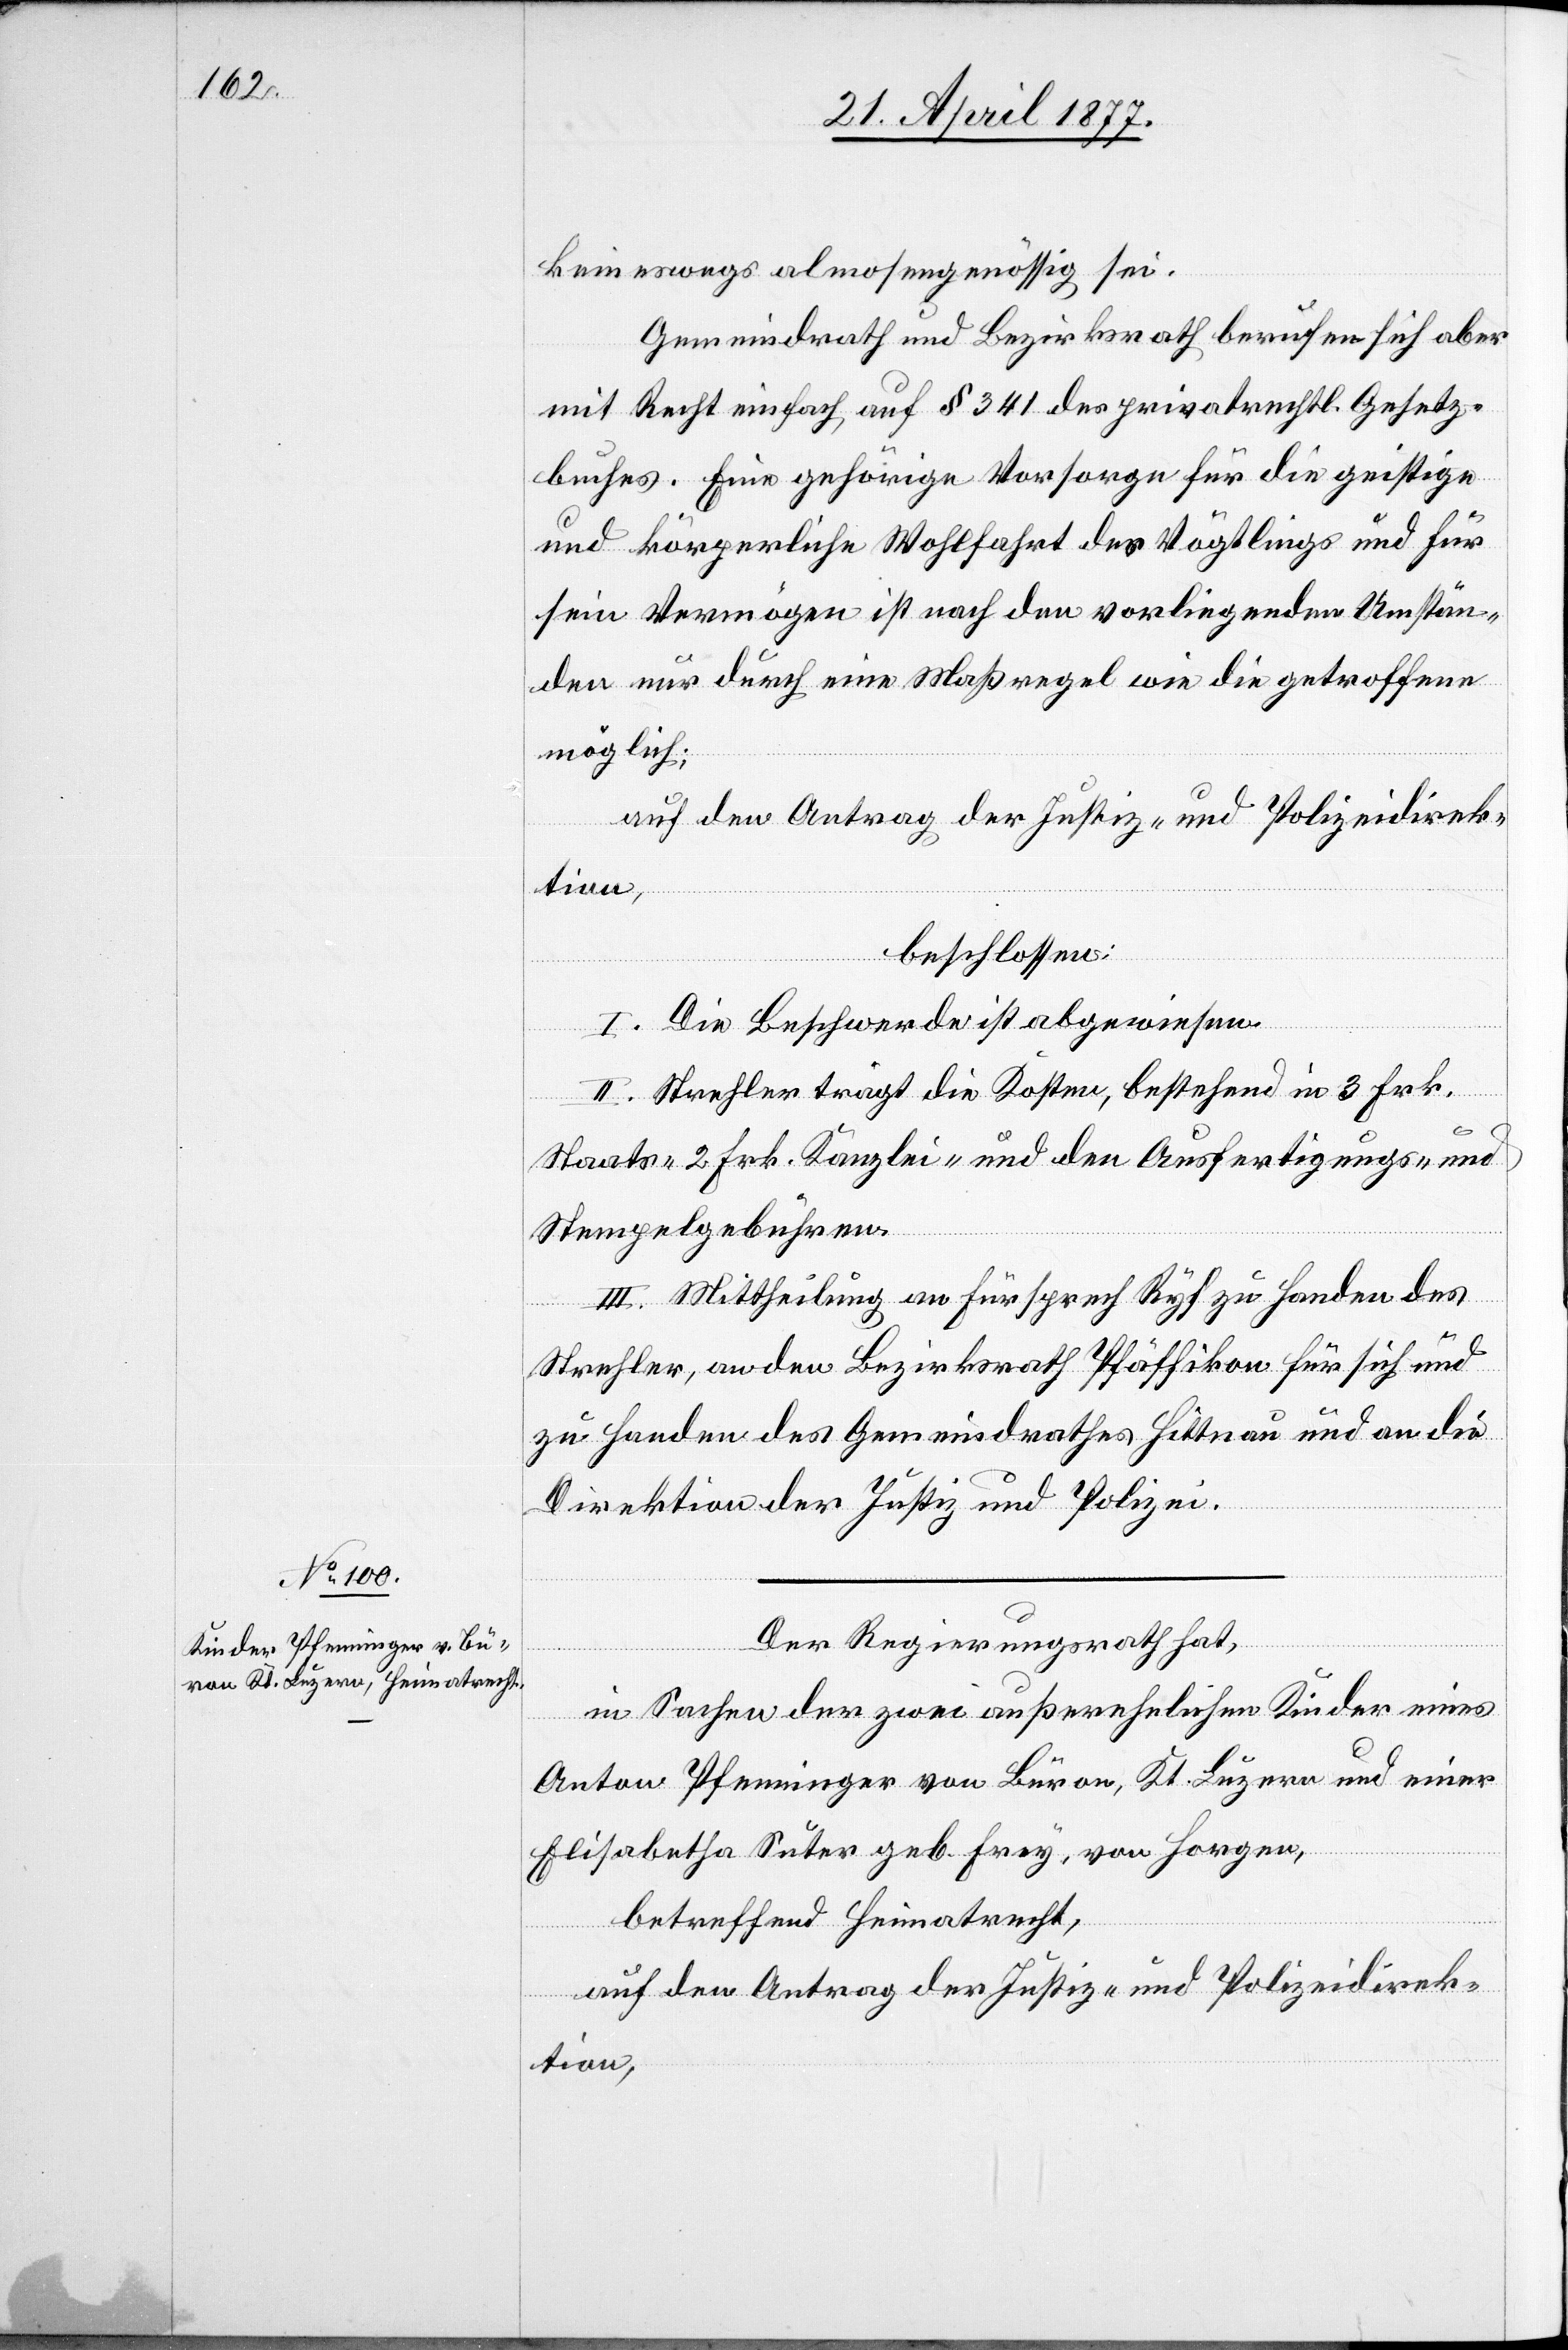
keineswegs almosengenössig sei.
Gemeindrath und Bezirksrath berufen sich aber
mit Recht einfach auf § 341 des privatrechtl. Gesetz¬
buches. Eine gehörige Vorsorge für die geistige
und körperliche Wohlfahrt des Vögtlings und für
sein Vermögen ist nach den vorliegenden Umstän¬
den nur durch eine Maßregel wie die getroffene
möglich;
auf den Antrag der Justiz- und Polizeidirek¬
tion,
beschlossen:
I. Die Beschwerde ist abgewiesen.
II. Strehler trägt die Kosten, bestehend in 3 Frk.
Staats- 2 Frk. Kanzlei- und den Ausfertigungs- und
Stempelgebühren.
III. Mittheilung an Fürsprech Ryf zu Handen des
Strehler, an den Bezirksrath Pfäffikon für sich und
zu Handen des Gemeindrathes Hittnau und an die
Direktion der Justiz und Polizei.
Der Regierungsrath hat,
in Sachen der zwei außerehelichen Kinder eines
Anton Pfenninger von Büron, Kt. Luzern und einer
Elisabetha Suter geb. Frey, von Horgen,
betreffend Heimatrecht,